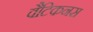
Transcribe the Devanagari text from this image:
वैटिकनस